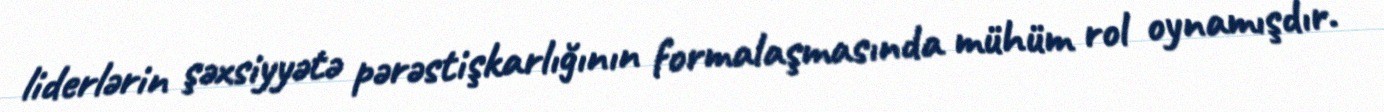
liderlərin şəxsiyyətə pərəstişkarlığının formalaşmasında mühüm rol oynamışdır.